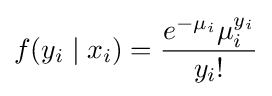
f(y_{i}\mid x_{i})={\frac {e^{-\mu _{i}}\mu _{i}^{y_{i}}}{y_{i}!}}